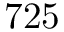
7 2 5